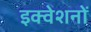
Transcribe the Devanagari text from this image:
इक्वेशनों